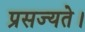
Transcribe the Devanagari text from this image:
प्रसज्यते।